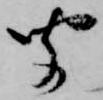
聞